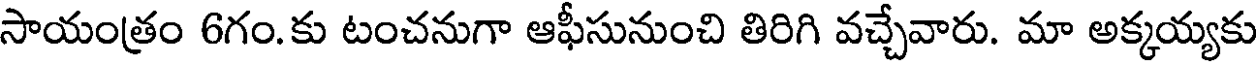
సాయంత్రం 6గం.కు టంచనుగా ఆఫీసునుంచి తిరిగి వచ్చేవారు. మా అక్కయ్యకు